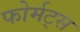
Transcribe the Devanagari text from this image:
फोर्मट्स